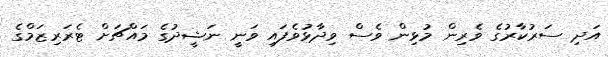
އަދި ސަރުކާރުގެ ވެރިން މުޅިން ވެސް ވިދާޅުވެފައި ވަނީ ނަޝީދުގެ މައްޗަށް ޓެރަރިޒަމްގެ